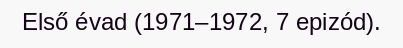
Első évad (1971–1972, 7 epizód).